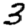
Digit: 3